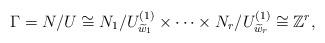
LaTeX: \begin{align*}\Gamma = N/U \cong N_1/U^{(1)}_{\widetilde w_1} \times\cdots\times N_r/U^{(1)}_{\widetilde w_r}\cong\mathbb{Z}^r,\end{align*}